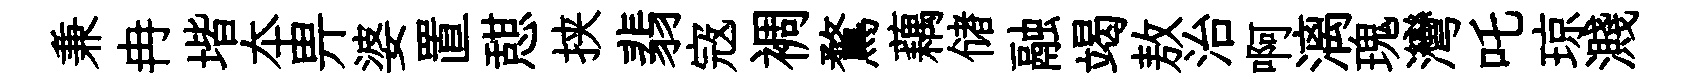
兼冉堦夲畀婆置憇挟翡𡨥裯鶩藕储融竭敖治啊漓瑰灣吒琼濺